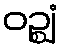
ဝဉ္ဈံ